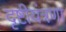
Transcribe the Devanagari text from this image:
दृष्टीयंत्रणा